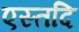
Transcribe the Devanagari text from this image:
एस्तदि